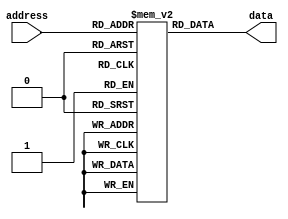
module OTP_ROM(
    input wire [7:0] address,
    output reg [7:0] data
);

reg [7:0] memory [0:255]; // 256 memory cells to store data

// Hardcoded data for demonstration purposes
initial begin
    memory[0] = 8'hFF; // Data stored at address 0
    memory[1] = 8'hAA; // Data stored at address 1
    // Add more data for other memory locations as needed
end

// Output data based on the address input
always @(*)
begin
    data = memory[address];
end

endmodule